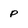
Character: p